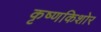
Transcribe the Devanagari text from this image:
कृष्णकिशोर